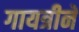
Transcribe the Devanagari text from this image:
गायत्रीने